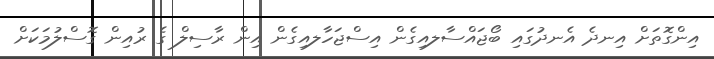
އިންގޮތަށް އިނދެ އެނދުގައި ބޯޖައްސާލއިގެން އިސްޖަހާލއިގެން އިން ރާސިލް ގެ ރުއިން ގޮސްލުމަކަށް